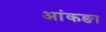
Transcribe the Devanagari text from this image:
आंकङा